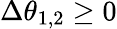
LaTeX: \Delta\theta_{1,2}\geq 0